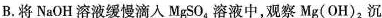
B. 将NaOH溶液缓慢滴入MgSO_{4}，溶液中，观察Mg(OH)_{2} 沉